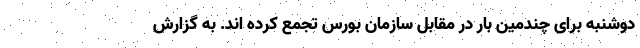
دوشنبه برای چندمین بار در مقابل سازمان بورس تجمع کرده اند. به گزارش